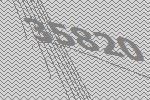
35820